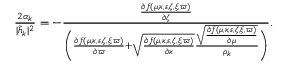
\begin{array} { r } { \frac { 2 \alpha _ { k } } { | \tilde { h } _ { k } | ^ { 2 } } = - \frac { \frac { \partial f ( \mu , \kappa , \varepsilon , \zeta , \xi , \varpi ) } { \partial \zeta } } { \bigg ( \frac { \partial f ( \mu , \kappa , \varepsilon , \zeta , \xi , \varpi ) } { \partial \varpi } + \sqrt { \frac { \partial f ( \mu , \kappa , \varepsilon , \zeta , \xi , \varpi ) } { \partial \kappa } } \frac { \sqrt { { \frac { \partial f ( \mu , \kappa , \varepsilon , \zeta , \xi , \varpi ) } { \partial \mu } } } } { \rho _ { k } } \bigg ) } . } \end{array}